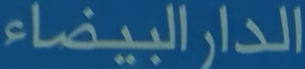
الدارالبيضاء